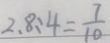
2 . 8 : 4 = \frac { 7 } { 1 0 }